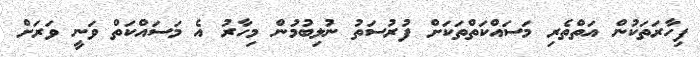
ފިހާރަތަކުން އަތްތެރި މަސައްކަތްތަކަށް ފުރުސަތު ނުލިބުމުން މިހާރު އެ މަސައްކަތް ވަނީ ވަރަށް